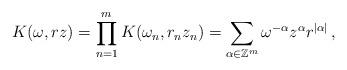
LaTeX: \begin{align*}K(\omega, r z) = \prod_{n=1}^m K(\omega_n, r_n z_n)=\sum_{\alpha \in \mathbb{Z}^m} \omega^{-\alpha} z^\alpha r^{|\alpha|}\,,\end{align*}